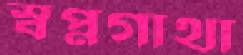
স্বপ্নগাথা